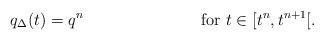
LaTeX: \begin{align*}&q_\Delta(t)=q^n&&\mbox{for }t\in [t^n,t^{n+1} [.\end{align*}